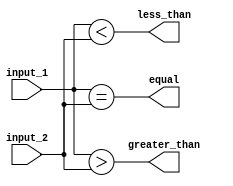
module comparator (
    input [7:0] input_1,
    input [7:0] input_2,
    output equal,
    output less_than,
    output greater_than
);

assign equal = (input_1 == input_2);
assign less_than = (input_1 < input_2);
assign greater_than = (input_1 > input_2);

endmodule